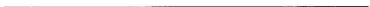
___